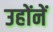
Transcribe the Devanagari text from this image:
उहोंनें